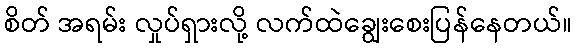
စိတ် အရမ်း လှုပ်ရှားလို့ လက်ထဲချွေးစေးပြန်နေတယ်။